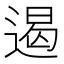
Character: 遏